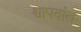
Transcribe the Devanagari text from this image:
श्वापदांत